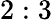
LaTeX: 2:3